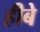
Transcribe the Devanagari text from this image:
हीबे